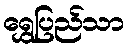
ရွှေပြည်သာ